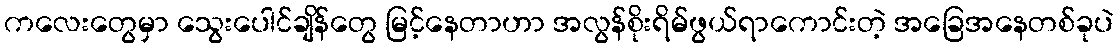
ကလေးတွေမှာ သွေးပေါင်ချိန်တွေ မြင့်နေတာဟာ အလွန်စိုးရိမ်ဖွယ်ရာကောင်းတဲ့ အခြေအနေတစ်ခုပဲ